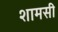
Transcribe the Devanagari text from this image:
शामसी